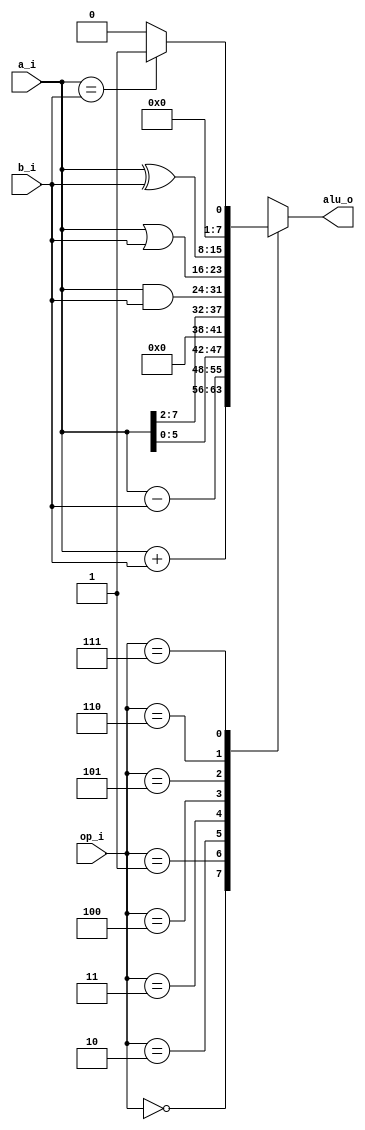
/* Design and verify a 8-bit ALU which supports the following encoded operations | Encoding | Operation | Comment |
|----------|-----------|---------|
|3'b000|ADD|-|
|3'b001|SUB|-|
|3'b010|SLL|Vector a should left shift using bits 2:0 of vector b|
|3'b011|LSR|Vector a should right shift using bits 2:0 of vector b|
|3'b100|AND|-|
|3'b101|OR |-|
|3'b110|XOR|-|
|3'b111|EQL|Output should be 1 when equal otherwise 0|*/

module ALU(input [7:0] a_i,b_i,output reg[7:0]alu_o,input [2:0] op_i);
	
	always @(*)
	case(op_i)
		3'b000: alu_o=a_i+b_i;
		3'b001: alu_o=a_i-b_i;
		3'b010: alu_o={a_i[5:0],2'b00};
		3'b011: alu_o={2'b00,a_i[7:2]};
		3'b100: alu_o=a_i & b_i;
		3'b101: alu_o=a_i | b_i;
		3'b110: alu_o=a_i ^ b_i;
		3'b111: alu_o=(a_i==b_i)?1:0;
	endcase
endmodule